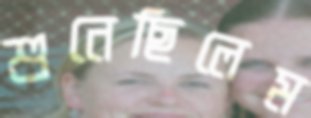
শুনেছিলেম